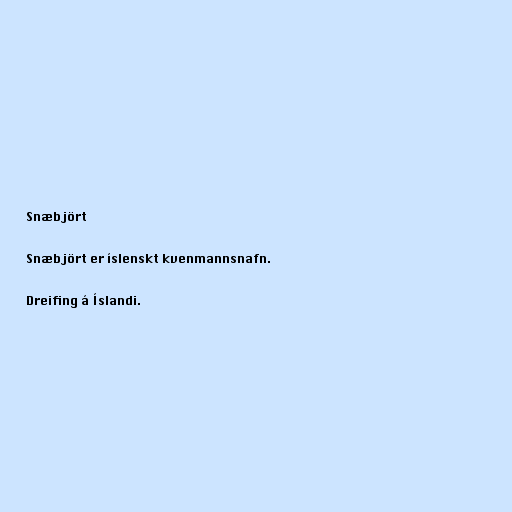
Snæbjört

Snæbjört er íslenskt kvenmannsnafn.

Dreifing á Íslandi.